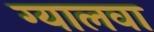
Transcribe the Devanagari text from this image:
ग्यालवा